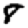
Digit: 8